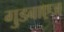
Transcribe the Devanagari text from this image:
गुडबाएज